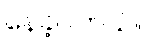
နေခဲ့ပါတယ်။